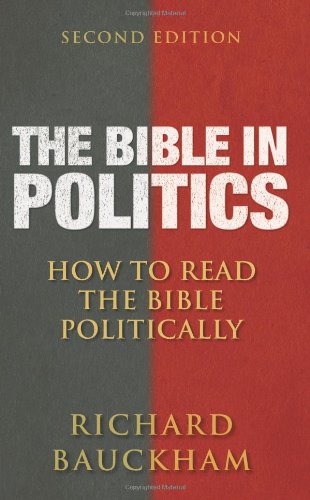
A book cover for The Bible in Politics, Second Edition: How to Read the Bible Politically; Richard Bauckham; Religion & Spirituality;